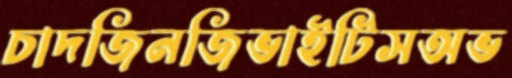
চাদজিনজিভাইটিসঅভ